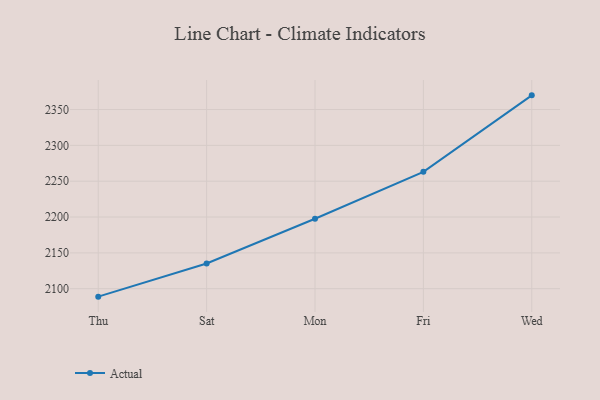
{"axis": {"x": "Day", "y": "Latency (ms)"}, "legend": ["Actual"], "data": [{"x": "Thu", "y": 2088.9, "type": "Actual"}, {"x": "Sat", "y": 2135.2, "type": "Actual"}, {"x": "Mon", "y": 2197.6, "type": "Actual"}, {"x": "Fri", "y": 2263.1, "type": "Actual"}, {"x": "Wed", "y": 2369.8, "type": "Actual"}]}